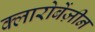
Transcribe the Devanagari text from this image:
क्लारोबेंज़ीन